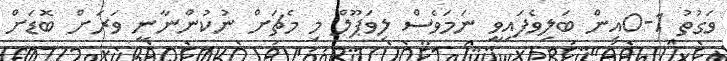
ވަގުތު 1-0އިން ބަލިވެފައިވީ ނަމަވެސް ލިވަޕޫލް މި މެޗަށް ނުކުންނާނީ ވަރަށް ބޮޑަށް